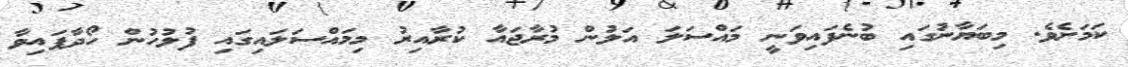
ކަމަށެވެ. މިބަޔާނުގައި ބުނެފައިވަނީ މައްސަލަ އަލުން މުރާޖައާ ކުރާއިރު މިމައްސަލައިގައި ފުލުހުން ހޯދާފައިވާ